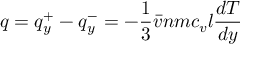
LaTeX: \quad q = q _ { y } ^ { + } - q _ { y } ^ { - } = - { \frac { 1 } { 3 } } { \bar { v } } n m c _ { v } l { \frac { d T } { d y } }